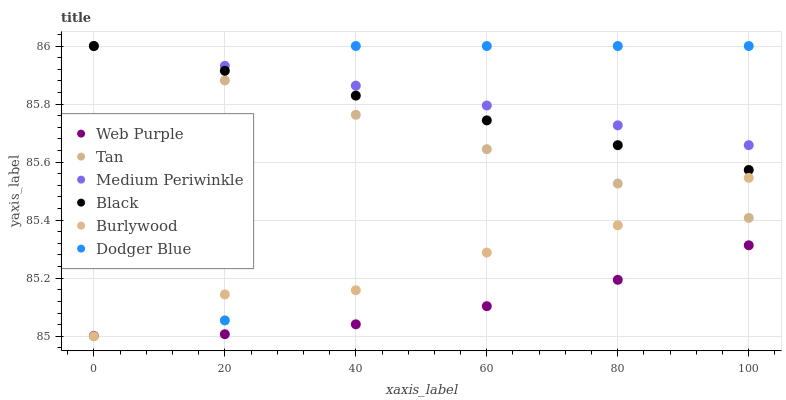
| xaxis_label | Web Purple | Tan | Medium Periwinkle | Black | Burlywood | Dodger Blue |
 | --- | --- | --- | --- | --- | --- | --- |
 | 0 | 85 | 86 | 86 | 86 | 85 | 85.5 |
 | 20 | 85 | 85.9 | 85.9 | 85.9 | 85.1 | 85.1 |
 | 40 | 85 | 85.8 | 85.9 | 85.8 | 85.2 | 86 |
 | 60 | 85.1 | 85.6 | 85.8 | 85.7 | 85.3 | 86 |
 | 80 | 85.2 | 85.5 | 85.7 | 85.7 | 85.4 | 86 |
 | 100 | 85.3 | 85.4 | 85.7 | 85.6 | 85.5 | 86 |